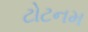
ટોટનમ